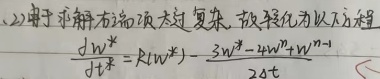
2) 由于求解右端项太过复杂，故转化为以下方程
$\frac{\mathrm{d} w^{*}}{\mathrm{d} t^{*}} = R(w^{*})-\frac{3w^{*}-4w+w^{\prime - 1}}{2 \mathrm{d} t}$